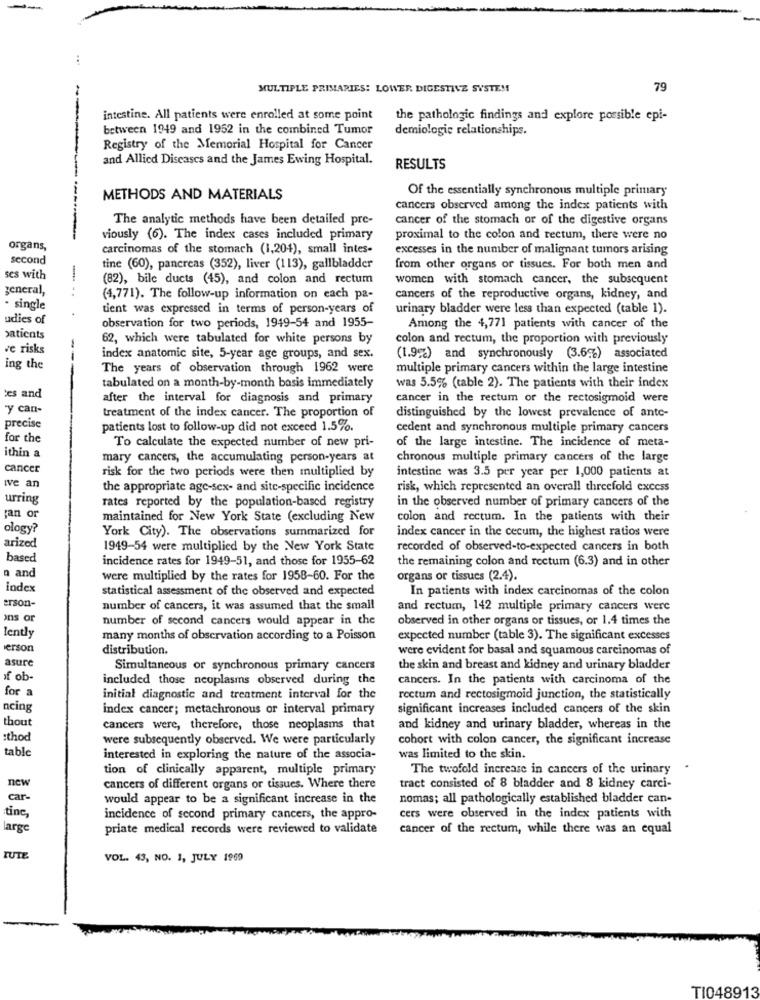
MULTIPLE PRIMARIES: LOWER DIGESTIVE SYSTEM
79
intestine. All patients were enrolled at some point
the pathologic findings and explore possible epi-
between 1949 and 1952 in the combined Tumor
demiologie relationships.
Registry of the Memorial Hospital for Cancer
and Allied Diseases and the James Ewing Hospital.
RESULTS
Of the essentially synchronous multiple primary
METHODS AND MATERIALS
cancers observed among the index patients with
The analytic methods have been detailed pre-
cancer of the stomach or of the digestive organs
viously (6). The index cases included primary
proximal to the colon and rectum, there were no
organs,
carcinomas of the stomach (1,204), small intes-
excesses in the number of malignant tumors arising
second
tine (60), pancreas (352), liver (113), gallbladder
from other organs or tissues. For both men and
ses with
(82), bile ducts (45), and colon and rectum
women with stomach cancer, the subsequent
general,
(4,771). The follow-up information on each pa-
cancers of the reproductive organs, kidney, and
single
tient was expressed in terms of person-years of
urinary bladder were less than expected (table 1).
udies of
observation for two periods, 1949-54 and 1955-
Among the 4,771 patients with cancer of the
patients
62, which were tabulated for white persons by
colon and rectum, the proportion with previously
ve risks
--
index anatomic site, 5-year age groups, and sex.
(1.9%) and synchronously (3.6%) associated
ing the
The years of observation through 1962 were
multiple primary cancers within the large intestine
tabulated on a month-by-month basis immediately
was 5.5% (cable 2). The patients with their index
tes and
after the interval for diagnosis and primary
cancer in the rectum or the rectosigmoid were
y can-
treatment of the index cancer. The proportion of
distinguished by the lowest prevalence of ante-
precise
patients lost to follow-up did not exceed 1.5%.
cedent and synchronous multiple primary cancers
for the
To calculate the expected number of new pri-
of the large intestine. The incidence of meta-
ithin a
mary cancers, the accumulating person-years at
chronous multiple primary cancers of the large
cancer
risk for the two periods were then multiplied by
intestine was 3.5 per year per 1,000 patients at
Ive an
the appropriate age-sex- and site-specific incidence
risk, which represented an overall threefold excess
urring
rates reported by the population-based registry
in the observed number of primary cancers of the
;an or
maintained for New York State (excluding New
colon and rectum. In the patients with their
ology?
York City). The observations summarized for
index cancer in the cecum, the highest ratios were
arized
1949-54 were multiplied by the New York State
recorded of observed-to-expected cancers in both
based
incidence rates for 1949-51, and those for 1955-62
the remaining colon and rectum (6.3) and in other
n and
were multiplied by the rates for 1958-60. For the
organs or tissues (2.4).
index
statistical assessment of the observed and expected
In patients with index carcinomas of the colon
erson-
number of cancers, it was assumed that the small
and rectum, 142 multiple primary cancers were
os or
number of second cancers would appear in the
observed in other organs or tissues, or 1.4 times the
lently
many months of observation according to a Poisson
expected number (table 3). The significant excesses
erson
distribution.
were evident for basal and squamous carcinomas of
asure
Simultaneous or synchronous primary cancers
the skin and breast and kidney and urinary bladder
if ob-
included those neoplasms observed during the
cancers. In the patients with carcinoma of the
for a
initial diagnostic and treatment interval for the
rectum and rectosigmoid junction, the statistically
ncing
index cancer; metachronous or interval primary
significant increases included cancers of the skin
thout
cancers were, therefore, those neoplasms that
and kidney and urinary bladder, whereas in the
:thod
were subsequently observed. We were particularly
cohort with colon cancer, the significant increase
table
interested in exploring the nature of the associa-
was limited to the skin.
tion of clinically apparent, multiple primary
The twofold increase in cancers of the urinary
new
cancers of different organs or tissues. Where there
tract consisted of 8 bladder and 8 kidney carci-
car-
would appear to be a significant increase in the
nomas; all pathologically established bladder can-
tine,
incidence of second primary cancers, the appro-
cers were observed in the index patients with
large
priate medical records were reviewed to validate
cancer of the rectum, while there was an equal
UTE
VOL. 43, NO. 1, JULY 1969
TI048913